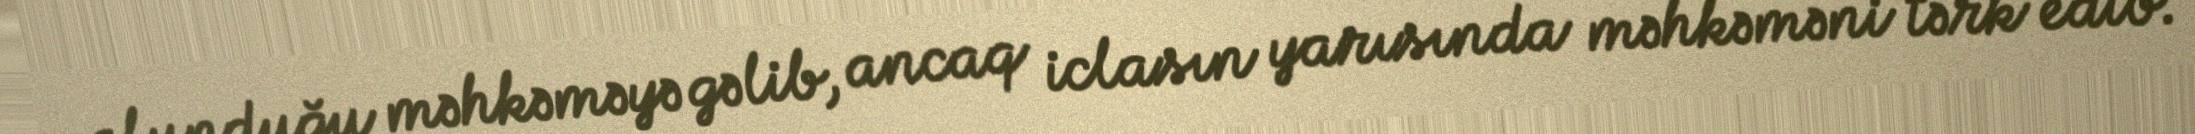
olunduğu məhkəməyə gəlib, ancaq iclasın yarısında məhkəməni tərk edib.